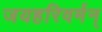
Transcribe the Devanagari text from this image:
जयहरिवर्मन्